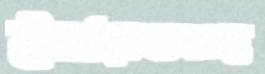
ইমারতসহ